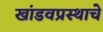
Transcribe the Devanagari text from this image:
खांडवप्रस्थाचे